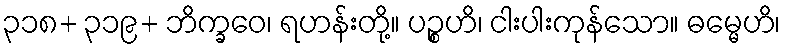
၃၁၈+ ၃၁၉+ ဘိက္ခဝေ၊ ရဟန်းတို့။ ပဉ္စဟိ၊ ငါးပါးကုန်သော။ ဓမ္မေဟိ၊